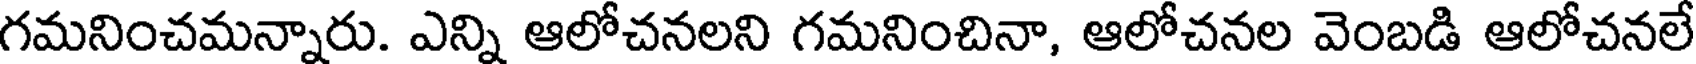
గమనించమన్నారు. ఎన్ని ఆలోచనలని గమనించినా, ఆలోచనల వెంబడి ఆలోచనలే